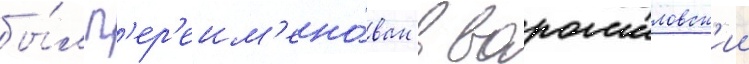
бы́л п'ер'еим'ено́ван в ворошиловск'ии